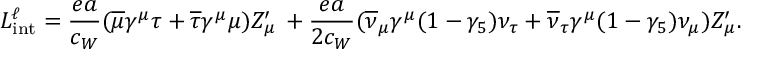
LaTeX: { \cal L } _ { \mathrm { i n t } } ^ { \ell } = { \frac { e a } { c _ { W } } } ( \overline { { { \mu } } } \gamma ^ { \mu } \tau + \overline { { { \tau } } } \gamma ^ { \mu } \mu ) Z _ { \mu } ^ { \prime } \nonumber \, + { \frac { e a } { 2 c _ { W } } } ( \overline { { { \nu } } } _ { \mu } \gamma ^ { \mu } ( 1 - \gamma _ { 5 } ) \nu _ { \tau } + \overline { { { \nu } } } _ { \tau } \gamma ^ { \mu } ( 1 - \gamma _ { 5 } ) \nu _ { \mu } ) Z _ { \mu } ^ { \prime } .